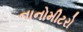
નાનોમીટરો